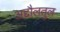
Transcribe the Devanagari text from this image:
अद्दौलतुल